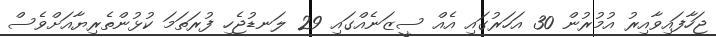
ޖަހާފައިވާއިރު އުމުރުން 30 އަހަރުގައި އެއް ސީޒަނެއްގައި 29 ލަނޑުޖެހި ފުރަތަމަ ކުޅުންތެރިޔާއަށްވެސް